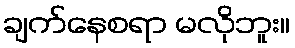
ချက်နေစရာ မလိုဘူး။